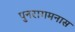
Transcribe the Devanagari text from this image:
पुनरागमनास